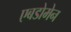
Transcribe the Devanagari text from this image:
एबडोमेन